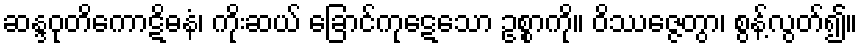
ဆန္ဒဝုတိကောဋိဓနံ၊ ကိုးဆယ် ခြောင်ကုဋေသော ဥစ္စာကို။ ဝိဿဇ္ဇေတွာ၊ စွန့်လွတ်၍။